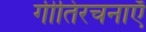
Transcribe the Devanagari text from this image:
गीतिरचनाएँ